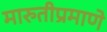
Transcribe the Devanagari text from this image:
मारुतीप्रमाणे